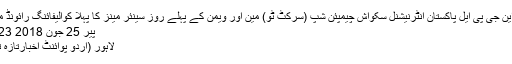
ایس این جی پی ایل پاکستان انٹرنیشنل سکواش چیمپئن شپ (سرکٹ ٹو) مین اور ویمن کے پہلے روز سینئر مینز کا پہلا کوالیفائنگ رائونڈ مکمل
پیر 25 جون 2018 18:23
لاہور (اُردو پوائنٹ اخبارتازہ ترین۔